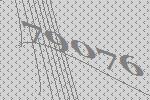
79076